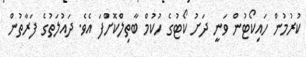
ކުރުމުން ހައިކޯޓުން ވަނީ ދަށު ކޯޓުގެ ހުކުމް ބާތިލްކޮށްފަ އެވެ. ދައުލަތުގެ ފަރާތުން